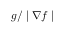
g / \mid \nabla f \mid